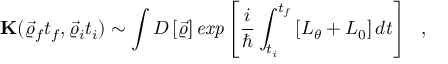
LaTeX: { \bf K } ( \vec { \varrho } _ { f } t _ { f } , \vec { \varrho } _ { i } t _ { i } ) \sim \int { \cal D } \left[ \vec { \varrho } \right] { \it e x p } \left[ \frac { i } { \hbar } \int _ { t _ { i } } ^ { t _ { f } } \left[ L _ { \theta } + L _ { 0 } \right] d t \right] ~ ~ ,